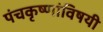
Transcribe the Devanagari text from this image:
पंचकृष्णांविषयी